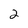
Character: 2